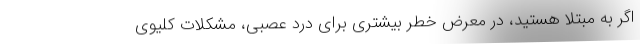
اگر به مبتلا هستید، در معرض خطر بیشتری برای درد عصبی، مشکلات کلیوی